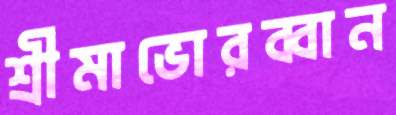
শ্রীমাভোরব্বান